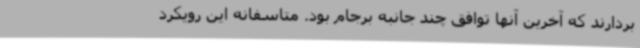
بردارند که آخرین آنها توافق چند جانبه برجام بود. متاسفانه این رویکرد